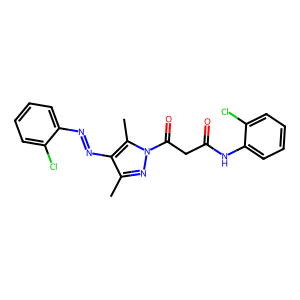
SMILES: Cc1nn(C(=O)CC(=O)Nc2ccccc2Cl)c(C)c1N=Nc1ccccc1Cl
Inhibits HIV replication: No